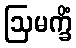
ဩမက္ခိံ